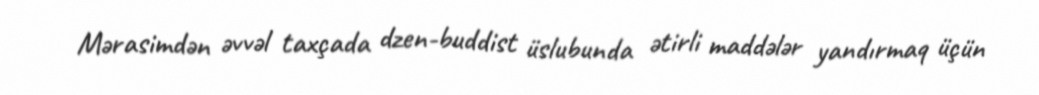
Mərasimdən əvvəl taxçada dzen-buddist üslubunda ətirli maddələr yandırmaq üçün